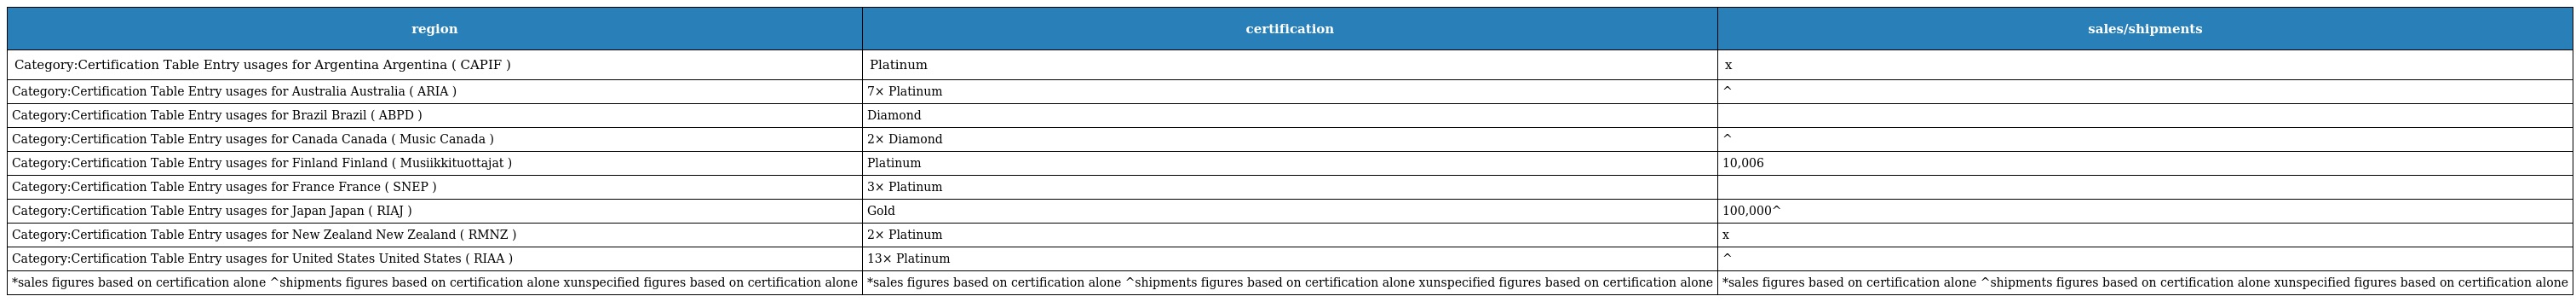
| region | certification | sales/shipments |
 | --- | --- | --- |
 | Category:Certification Table Entry usages for Argentina Argentina ( CAPIF ) | Platinum | x |
 | Category:Certification Table Entry usages for Australia Australia ( ARIA ) | 7× Platinum | ^ |
 | Category:Certification Table Entry usages for Brazil Brazil ( ABPD ) | Diamond |  |
 | Category:Certification Table Entry usages for Canada Canada ( Music Canada ) | 2× Diamond | ^ |
 | Category:Certification Table Entry usages for Finland Finland ( Musiikkituottajat ) | Platinum | 10,006 |
 | Category:Certification Table Entry usages for France France ( SNEP ) | 3× Platinum |  |
 | Category:Certification Table Entry usages for Japan Japan ( RIAJ ) | Gold | 100,000^ |
 | Category:Certification Table Entry usages for New Zealand New Zealand ( RMNZ ) | 2× Platinum | x |
 | Category:Certification Table Entry usages for United States United States ( RIAA ) | 13× Platinum | ^ |
 | *sales figures based on certification alone ^shipments figures based on certification alone xunspecified figures based on certification alone | *sales figures based on certification alone ^shipments figures based on certification alone xunspecified figures based on certification alone | *sales figures based on certification alone ^shipments figures based on certification alone xunspecified figures based on certification alone |